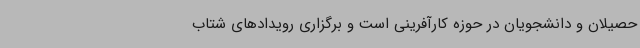
حصیلان و دانشجویان در حوزه کارآفرینی است و برگزاری رویدادهای شتاب